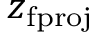
z _ { \mathrm { f p r o j } }